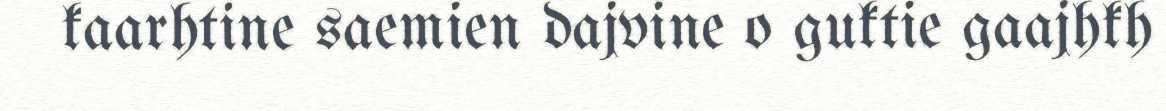
kaarhtine saemien dajvine o guktie gaajhkh